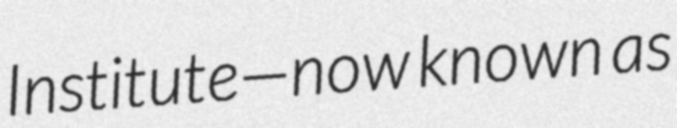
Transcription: Institute—now known as